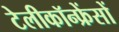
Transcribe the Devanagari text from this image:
टेलीकॉन्फ्रेंसों